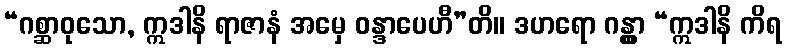
“ဂစ္ဆာဝုသော, ဣဒါနိ ရာဇာနံ အမှေ ဝန္ဒာပေဟီ”တိ။ ဒဟရော ဂန္တွာ “ဣဒါနိ ကိရ